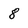
Character: 8